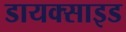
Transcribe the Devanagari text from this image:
डायक्साइड